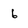
Character: 6